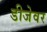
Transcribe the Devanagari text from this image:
डीजेवर